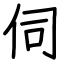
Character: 伺